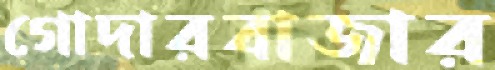
গোদারবাজার